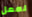
لعمل